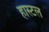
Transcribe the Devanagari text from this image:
हास्टल